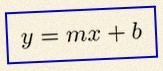
y=mx+b